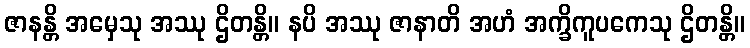
ဇာနန္တိ အမှေသု အဿု ဌိတန္တိ။ နပိ အဿု ဇာနာတိ အဟံ အက္ခိကူပကေသု ဌိတန္တိ။